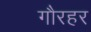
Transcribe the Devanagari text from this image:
गौरहर